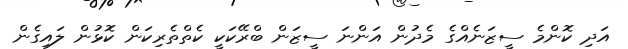
އަދި ކޮންމެ ސީޒަނެއްގެ މެދުން އަންނަ ސީޒަން ބްރޭކަކީ ކެތްތެރިކަން ކޮޅުން ލައިގެން